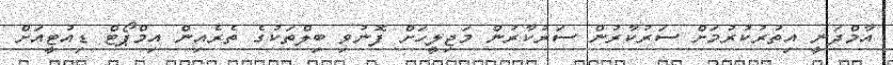
އާމްދަނީ އިތުރުކުރުމަށް ސަރުކާރުން ސަރުކާރުން މަޖިލީހަށް ފޮނުވި ބިލްތަކުގެ ތެރެއިން އިމްޕޯޓް ޑިއުޓީއަށް